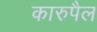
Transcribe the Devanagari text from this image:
कारुपैल